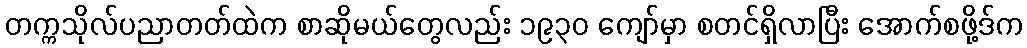
တက္ကသိုလ်ပညာတတ်ထဲက စာဆိုမယ်တွေလည်း ၁၉၃၀ ကျော်မှာ စတင်ရှိလာပြီး အောက်စဖို့ဒ်က